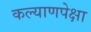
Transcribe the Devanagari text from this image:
कल्याणपेक्षा